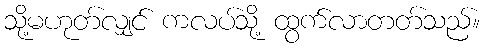
သို့မဟုတ်လျှင် ကလပ်သို့ ထွက်လာတတ်သည်။